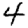
Digit: 4